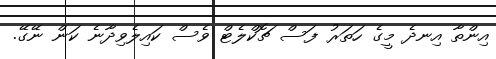
އިންތާ އިނދެ މީގެ ހަތަރު ފަސް ޗޮކްލެޓް ވެސް ކައިލެވިދާނެ ކަން ނޭގޭ.